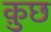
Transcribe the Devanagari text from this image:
क़ुछ